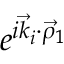
e ^ { i \vec { k } _ { i } \cdot \vec { \rho } _ { 1 } }